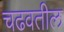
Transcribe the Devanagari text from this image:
चढवतील